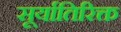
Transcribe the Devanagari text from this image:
सूर्यातिरिक्त